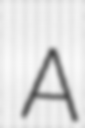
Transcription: A